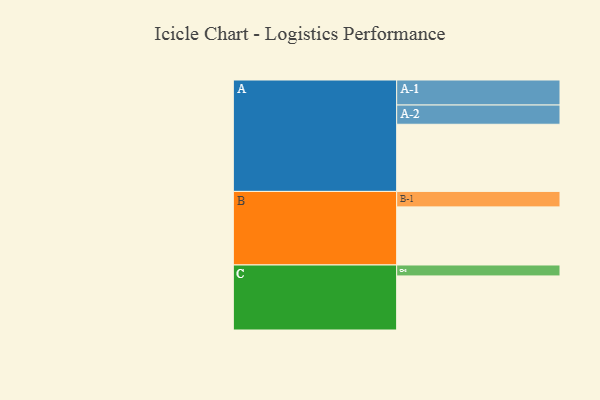
{"axis": {"x": "Segment", "y": "Value"}, "legend": ["", "A", "B", "C"], "data": [{"x": "A", "y": 534, "type": ""}, {"x": "B", "y": 462, "type": ""}, {"x": "C", "y": 430, "type": ""}, {"x": "A-1", "y": 199, "type": "A"}, {"x": "A-2", "y": 153, "type": "A"}, {"x": "B-1", "y": 123, "type": "B"}, {"x": "C-1", "y": 87, "type": "C"}]}